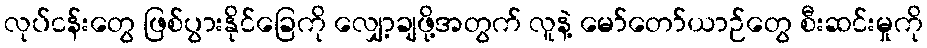
လုပ်ငန်းတွေ ဖြစ်ပွားနိုင်ခြေကို လျှော့ချဖို့အတွက် လူနဲ့ မော်တော်ယာဉ်တွေ စီးဆင်းမှုကို